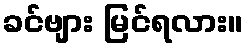
ခင်ဗျား မြင်ရလား။